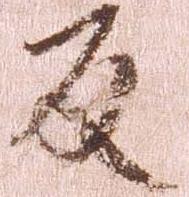
反